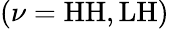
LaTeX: (\nu=\mathrm{{HH},\mathrm{{LH})}}